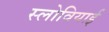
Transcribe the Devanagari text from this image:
स्लोवियाई